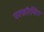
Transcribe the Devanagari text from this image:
परफॉरमिंग